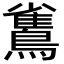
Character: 𪅓